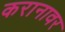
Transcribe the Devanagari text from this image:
करानावर